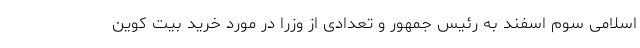
اسلامی سوم اسفند به رئیس جمهور و تعدادی از وزرا در مورد خرید بیت کوین